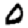
Digit: 0